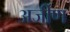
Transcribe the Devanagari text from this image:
अर्जीण